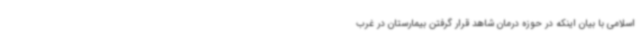
اسلامی با بیان اینکه در حوزه درمان شاهد قرار گرفتن بیمارستان در غرب